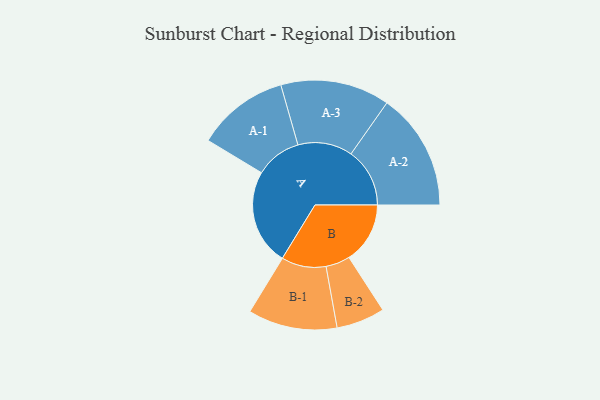
{"axis": {"x": "Segment", "y": "Value"}, "legend": ["", "A", "B"], "data": [{"x": "A", "y": 490, "type": ""}, {"x": "B", "y": 312, "type": ""}, {"x": "A-1", "y": 235, "type": "A"}, {"x": "A-2", "y": 300, "type": "A"}, {"x": "A-3", "y": 279, "type": "A"}, {"x": "B-1", "y": 228, "type": "B"}, {"x": "B-2", "y": 124, "type": "B"}]}